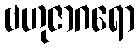
ဗဟုဇာဂရော